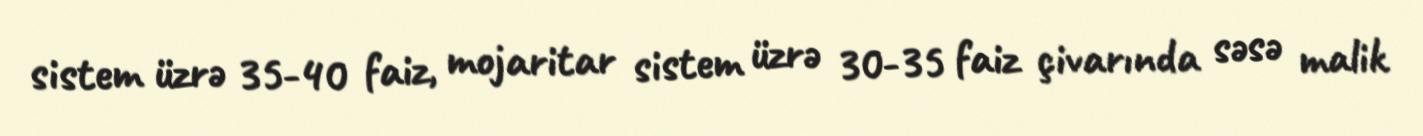
sistem üzrə 35-40 faiz, mojaritar sistem üzrə 30-35 faiz çivarında səsə malik